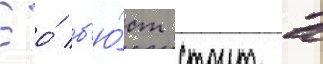
Ео́ б'ю́ст стоит в